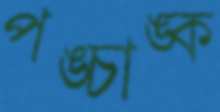
পঙ্চাঙ্ক